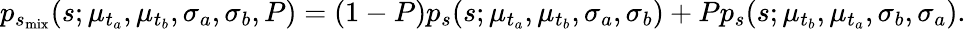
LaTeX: p_{s_{\mathrm{mix}}}(s;\mu_{t_{a}},\mu_{t_{b}},\sigma_{a},\sigma_{b},P)=(1-P)p_{s}(s;\mu_{t_{a}},\mu_{t_{b}},\sigma_{a},\sigma_{b})+Pp_{s}(s;\mu_{t_{b}},\mu_{t_{a}},\sigma_{b},\sigma_{a}).